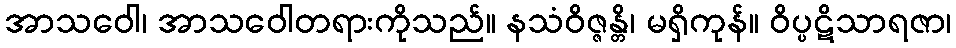
အာသဝေါ၊ အာသဝေါတရားကိုသည်။ နသံဝိဇ္ဇန္တိ၊ မရှိကုန်။ ဝိပ္ပဋိသာရဇာ၊